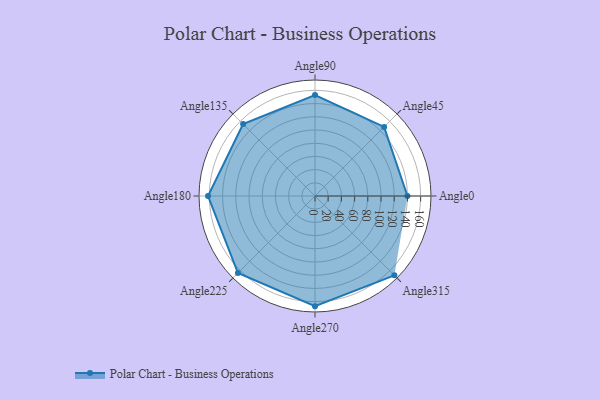
{"axis": {"x": "Angle", "y": "Radius"}, "legend": [""], "data": [{"x": "Angle0", "y": 140.0, "type": ""}, {"x": "Angle45", "y": 148.0, "type": ""}, {"x": "Angle90", "y": 153.0, "type": ""}, {"x": "Angle135", "y": 154.0, "type": ""}, {"x": "Angle180", "y": 162.0, "type": ""}, {"x": "Angle225", "y": 165.0, "type": ""}, {"x": "Angle270", "y": 167.0, "type": ""}, {"x": "Angle315", "y": 170, "type": ""}]}